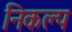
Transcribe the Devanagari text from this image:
निकल्प